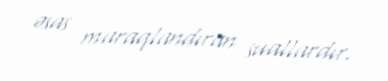
əsas maraqlandıran suallardır.